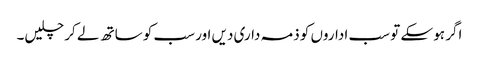
اگر ہو سکے تو سب اداروں کو ذمہ داری دیں اور سب کو ساتھ لے کر چلیں۔